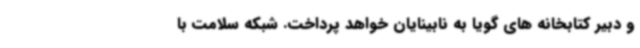
و دبیر کتابخانه های گویا به نابینایان خواهد پرداخت. شبکه سلامت با